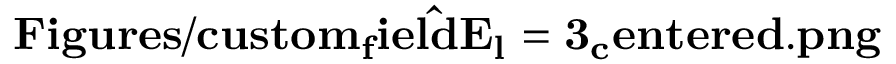
\mathbf { \hat { F i g u r e s / c u s t o m _ { f } i e l d E _ { l } = 3 _ { c } e n t e r e d . p n g } } _ { }